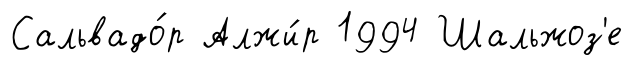
Сальвадо́р Алжи́р 1994 Шальжоз'е